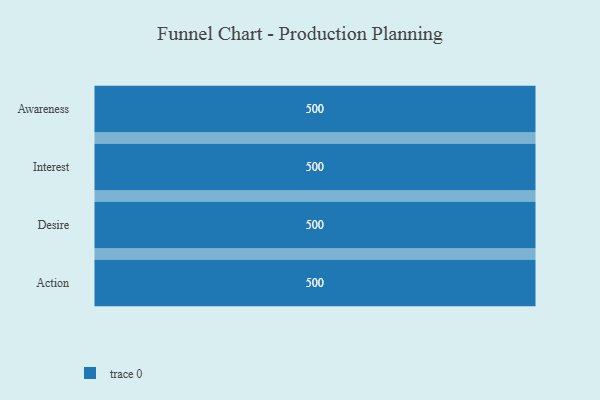
{"axis": {"x": "Stage", "y": "Value"}, "legend": [""], "data": [{"x": "Awareness", "y": 500, "type": ""}, {"x": "Interest", "y": 500, "type": ""}, {"x": "Desire", "y": 500, "type": ""}, {"x": "Action", "y": 500, "type": ""}]}